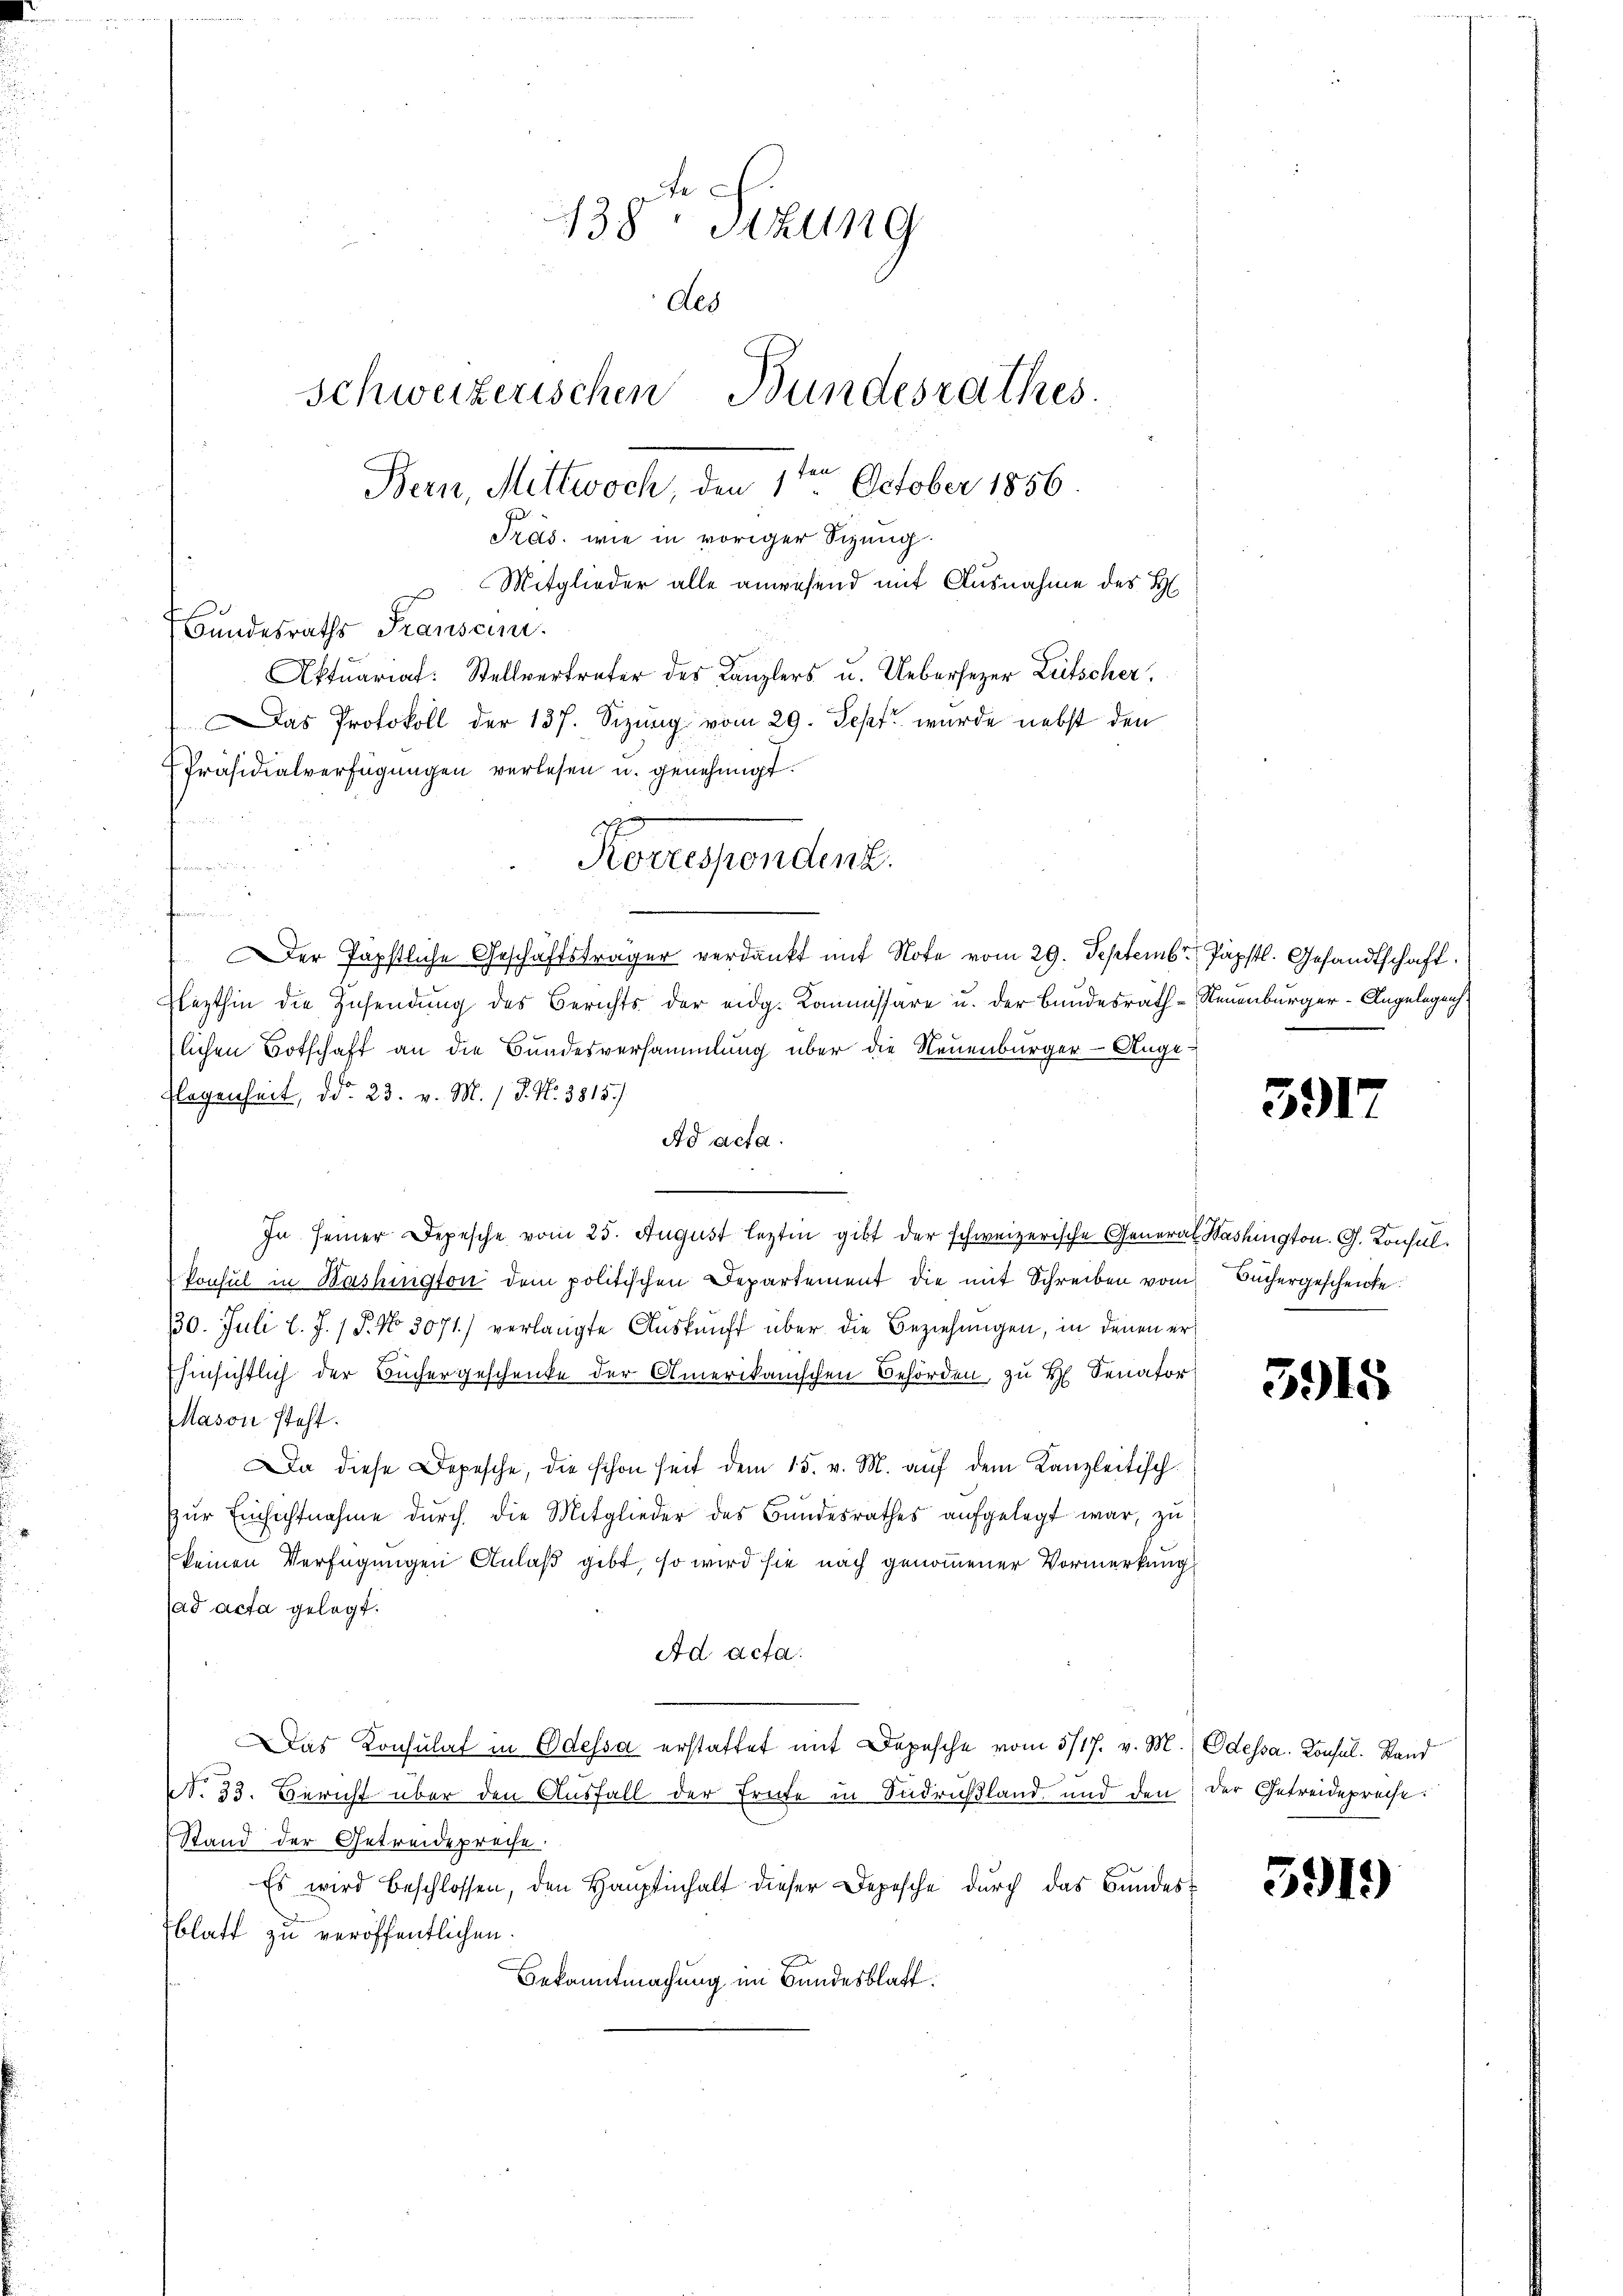
u
winen
er Papstliche Geschäftsträger verdankt mit Note vom 29. Septembr. 1 Päpstl. Gesandtschaft.
Flezthin die Zusendŭng des Berichts der eidg. Kommissäre u. der Bundesrath - Neuenburger-Angelegenh
lichen Botschaft an die Bundesversammlung über die Neuenburger-Ange-
Elegenheit, d. 23. v. M. / P. N. 3815/
Ad acta.
In seiner Depesche vom 25. August lezten gibt der schweizerische General Washington. G. Konsul¬
Ponsul in Bashington dem politischen Departement die mit Schreiben vom Büchergeschenke
130. Juli l. J. P. No 3071) verlangte Auskunft über die Beziehungen, in denen er¬
Ehinsichtlich der Büchergeschenke der Amerikanischen Behörden, zu H Senator
Mason steht.
Da diese Depesche, die schon seit dem 15. v. M. aŭf dem Kanzleitisch
Zur Einsichtnahme durch die Mitglieder des Bundesrathes aufgelegt war, zu
keinen Verfügungen Anlaß gibt, so wird sie nach genommener Vormerkung
sad acta gelegt.
Ad acta.
Das Konsulat in Odessa erstattet mit Depesche vom 5/17. v. M.) Odessa. Consul Stand
NNo. 33. Bericht über den Ausfall der Ernte in Sudrußland und den der Getreidepreise.
Stand der Getreidepreise.
Es wird beschlossen, den Hauptinhalt dieser Depesche durch das Bundesblatt zu veröffentlichen.
Bekanntmachung im Bundesblatt.

138. Sizung
des
Schweizerischen Bundesrathes.
Bern, Mittwoch, den 1te͇n October 1856.
Präs. wie in voriger Sizung.
Mitglieder alle anwesend mit Ausnahme des H
Bundesraths Transcun.
Aktuariat: Stellvertreter des Kanzlers u. Uebersezer Litscher,
as Protokoll der 137. Seizung vom 29. Sept. wurde nebst den
Präsidialverfügungen verlesen u. genehmigt.

Konesenden.

3917

5915

591